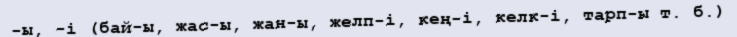
-ы, -і (бай-ы, жас-ы, жан-ы, желп-і, кең-і, келк-і, тарп-ы т. б.)